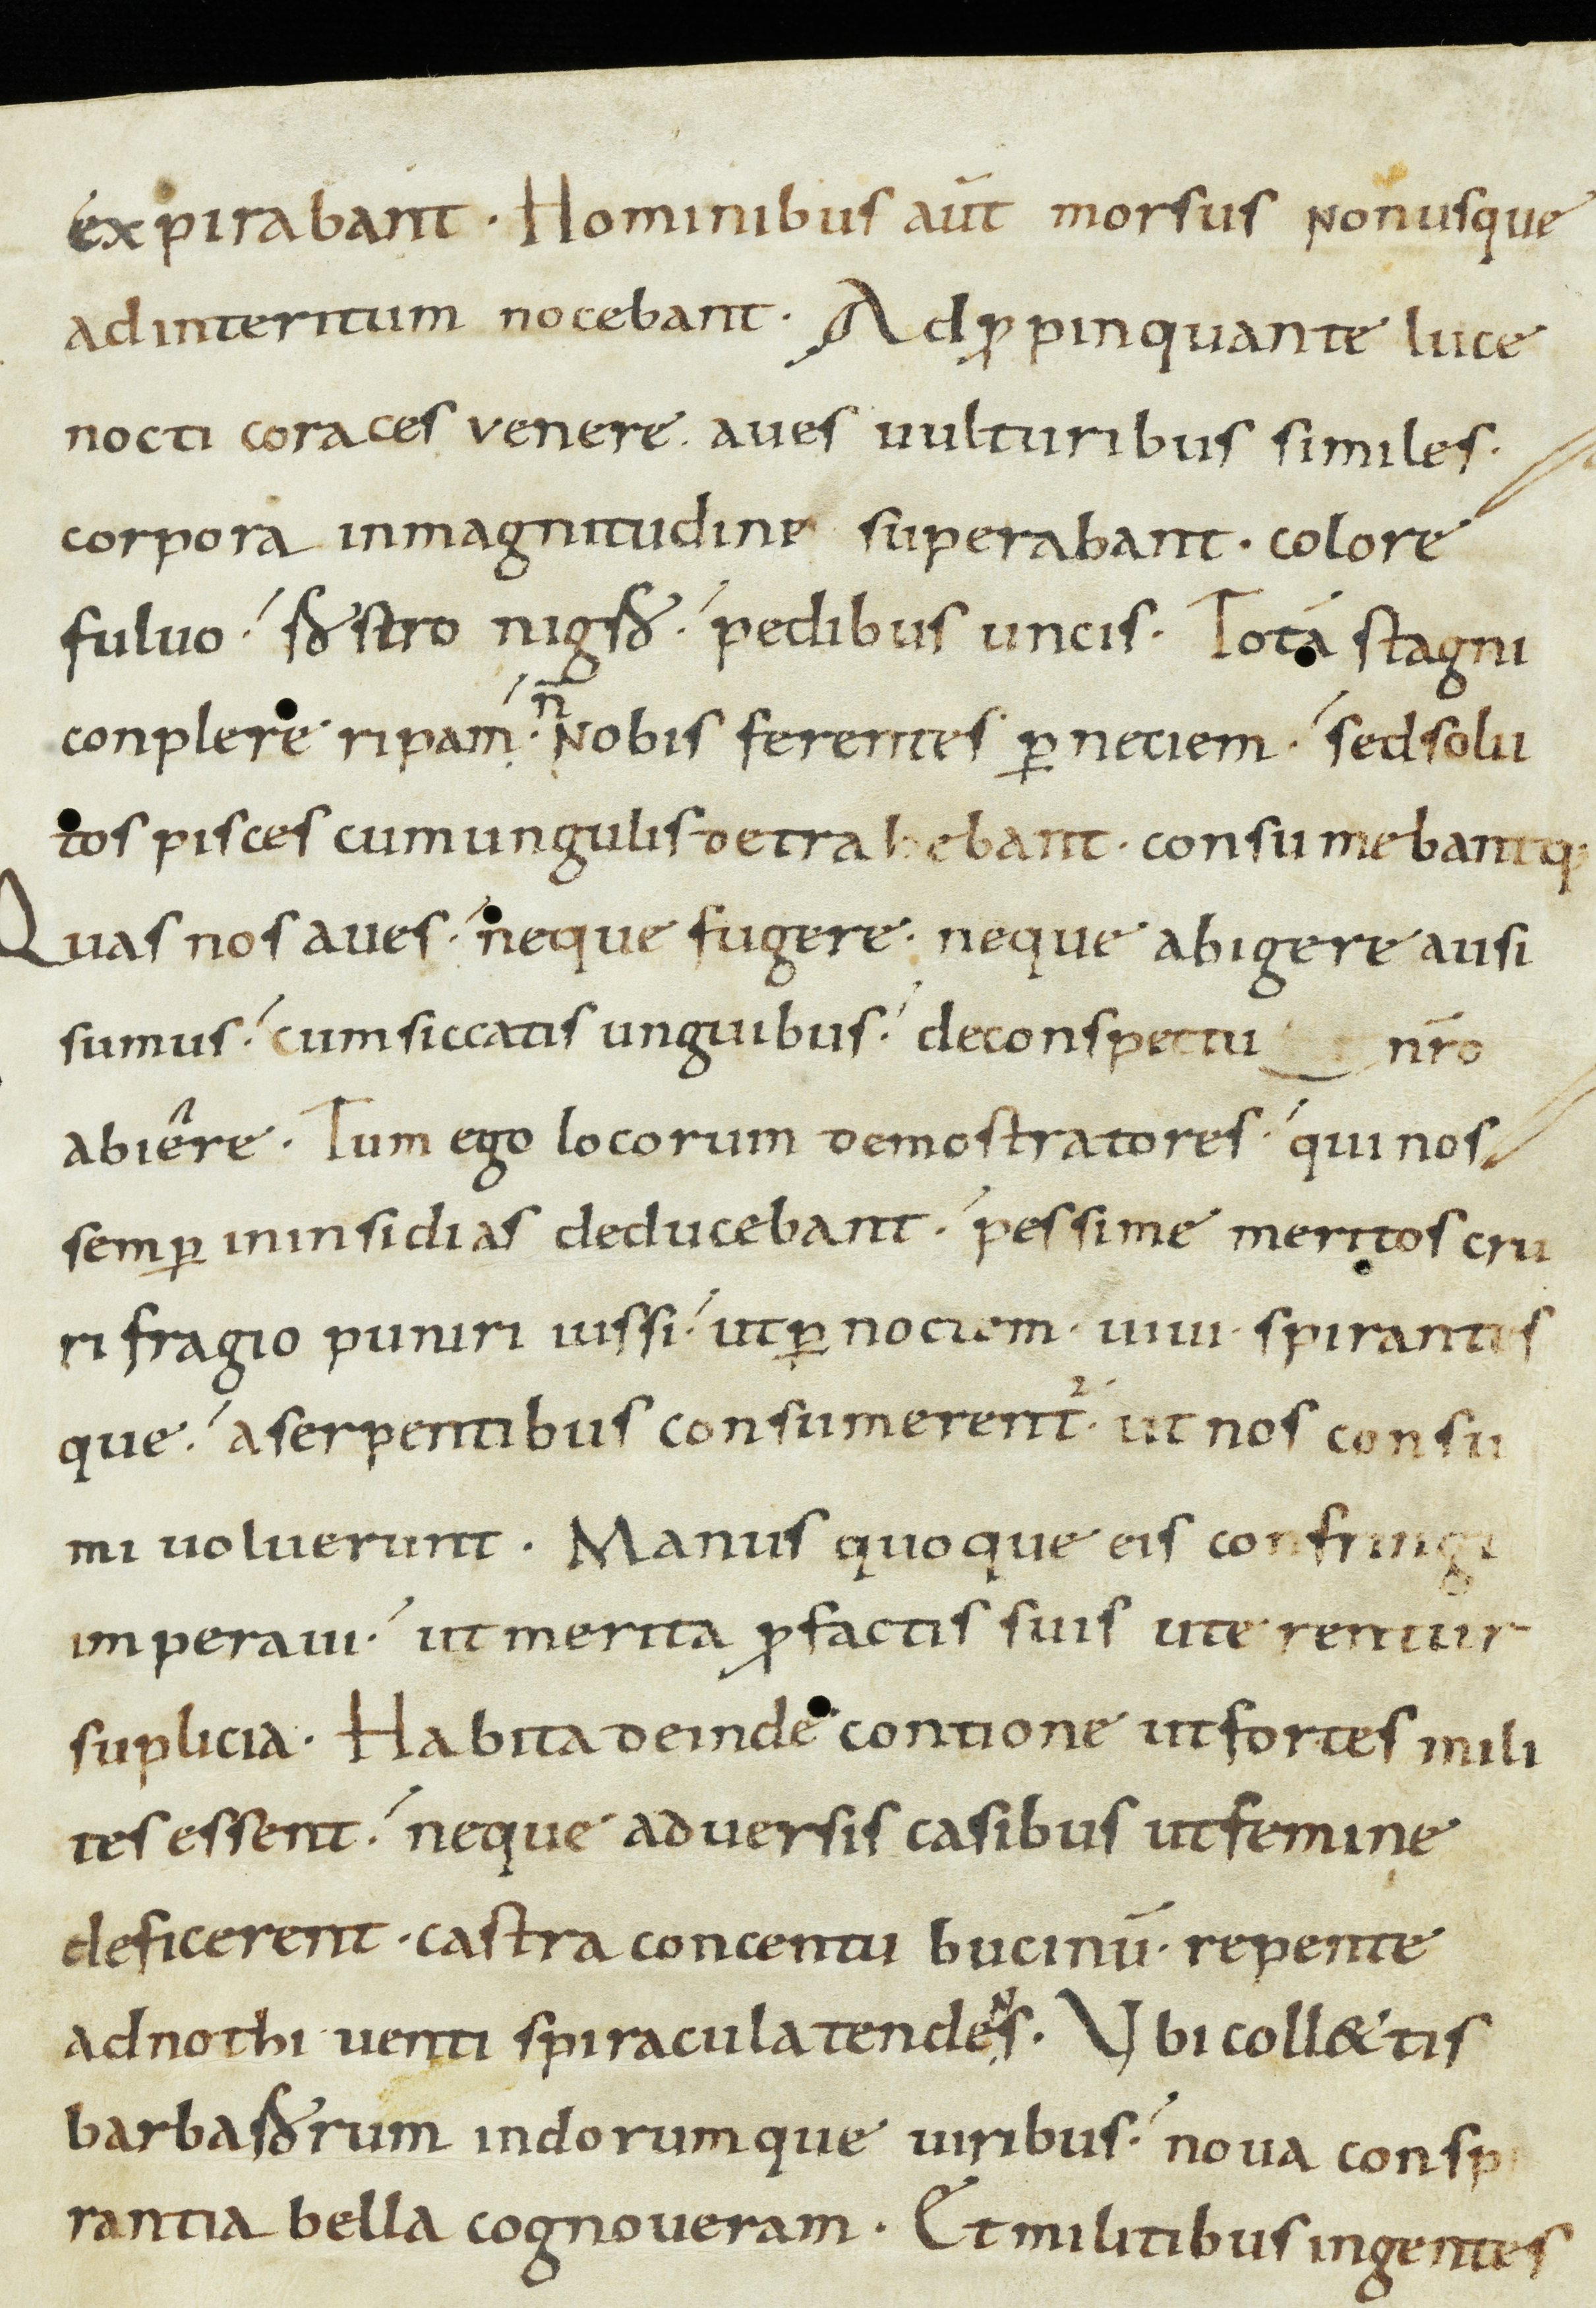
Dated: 900–932